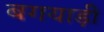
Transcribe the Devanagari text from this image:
बगयाड़ी